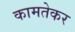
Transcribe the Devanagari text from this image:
कामतेकर